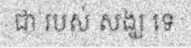
ជា របស់ សង្ឃ ទេ